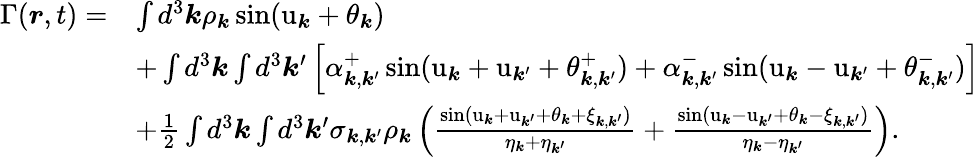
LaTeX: \begin{array}{rl}{\Gamma(\boldsymbol{r},t)=}&{\int d^{3}\boldsymbol{k}\rho_{\boldsymbol{k}}\sin(\mathrm{u}_{\boldsymbol{k}}+\theta_{\boldsymbol{k}})}\\ &{+\int d^{3}\boldsymbol{k}\int d^{3}\boldsymbol{k}^{\prime}\left[\alpha_{\boldsymbol{k},\boldsymbol{k}^{\prime}}^{+}\sin(\mathrm{u}_{\boldsymbol{k}}+\mathrm{u}_{\boldsymbol{k}^{\prime}}+\theta_{\boldsymbol{k},\boldsymbol{k}^{\prime}}^{+})+\alpha_{\boldsymbol{k},\boldsymbol{k}^{\prime}}^{-}\sin(\mathrm{u}_{\boldsymbol{k}}-\mathrm{u}_{\boldsymbol{k}^{\prime}}+\theta_{\boldsymbol{k},\boldsymbol{k}^{\prime}}^{-})\right]}\\ &{+\frac{1}{2}\int d^{3}\boldsymbol{k}\int d^{3}\boldsymbol{k}^{\prime}\sigma_{\boldsymbol{k},\boldsymbol{k}^{\prime}}\rho_{\boldsymbol{k}}\left(\frac{\sin(\mathrm{u}_{\boldsymbol{k}}+\mathrm{u}_{\boldsymbol{k}^{\prime}}+\theta_{\boldsymbol{k}}+\xi_{\boldsymbol{k},\boldsymbol{k}^{\prime}})}{\eta_{\boldsymbol{k}}+\eta_{\boldsymbol{k}^{\prime}}}+\frac{\sin(\mathrm{u}_{\boldsymbol{k}}-\mathrm{u}_{\boldsymbol{k}^{\prime}}+\theta_{\boldsymbol{k}}-\xi_{\boldsymbol{k},\boldsymbol{k}^{\prime}})}{\eta_{\boldsymbol{k}}-\eta_{\boldsymbol{k}^{\prime}}}\right).}\end{array}